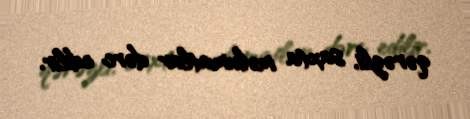
qərəzli, saxta məlumatlar dərc edilir.